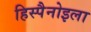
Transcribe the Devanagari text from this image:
हिस्पैनोइला